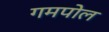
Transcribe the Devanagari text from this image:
गमपोल